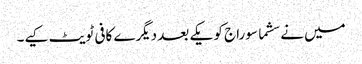
میں نے سشما سوراج کو یکے بعد دیگرے کافی ٹویٹ کیے۔